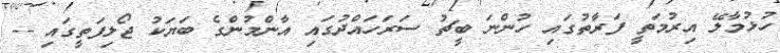
ހުޅުމާލޭ އިރުމަތީ ފަރާތުގައި ހުންނަ ބީޗު ސަރަހައްދުގައި އާންމުންގެ ބަޔަކު ޖޯލިފަތީގައި --